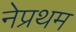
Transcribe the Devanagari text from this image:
नेप्रथम